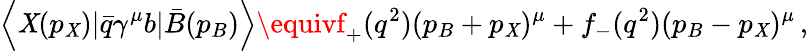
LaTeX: \left<\mathit{X}(p_{\mathit{X}})|\bar{{q}}\gamma^{\mu}b|\bar{{B}}(p_{B})\right>\equivf_{+}(q^{2})(p_{B}+p_{\mathit{X}})^{\mu}+f_{-}(q^{2})(p_{B}-p_{\mathit{X}})^{\mu}\, ,